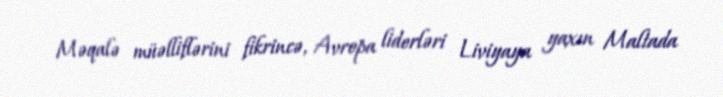
Məqalə müəlliflərini fikrincə, Avropa liderləri Liviyaya yaxın Maltada